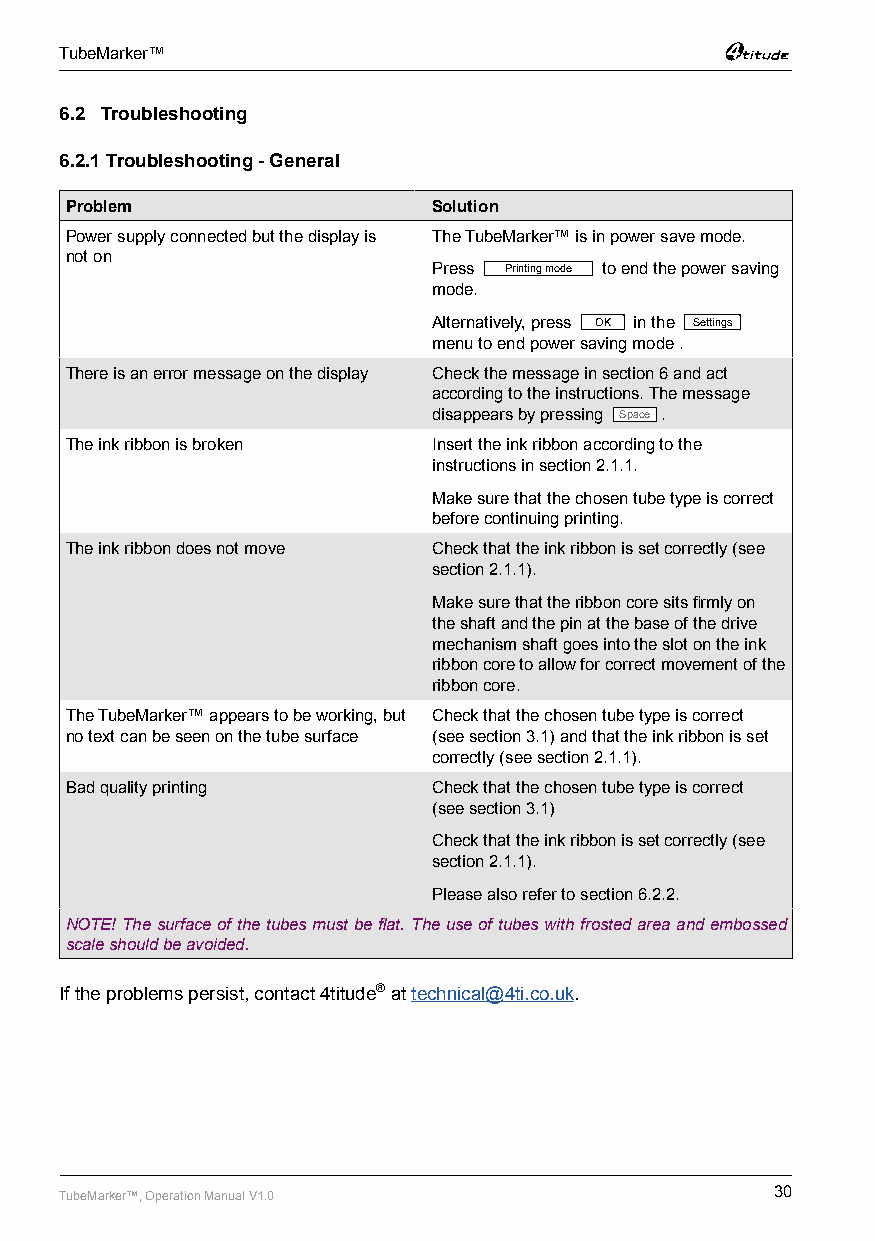
TubeMarker™
 6.2 Troubleshooting
 6.2.1 Troubleshooting - General
 Problem                  Solution
 Power supply connected but the display is The TubeMarker™ is in power save mode.
 not on
 Press Printing mode to end the power saving
 mode.
 Alternatively, press OK in the Settings
 menu to end power saving mode .
 There is an error message on the display Check the message in section 6 and act
 according to the instructions. The message
 disappears by pressing Space .
 The ink ribbon is broken Insert the ink ribbon according to the
 instructions in section 2.1.1.
 Make sure that the chosen tube type is correct
 before continuing printing.
 The ink ribbon does not move Check that the ink ribbon is set correctly (see
 section 2.1.1).
 Make sure that the ribbon core sits firmly on
 the shaft and the pin at the base of the drive
 mechanism shaft goes into the slot on the ink
 ribbon core to allow for correct movement of the
 ribbon core.
 The TubeMarker™ appears to be working, but Check that the chosen tube type is correct
 no text can be seen on the tube surface (see section 3.1) and that the ink ribbon is set
 correctly (see section 2.1.1).
 Bad quality printing     Check that the chosen tube type is correct
 (see section 3.1)
 Check that the ink ribbon is set correctly (see
 section 2.1.1).
 Please also refer to section 6.2.2.
 NOTE! The surface of the tubes must be flat. The use of tubes with frosted area and embossed
 scale should be avoided.
 If the problems persist, contact 4titude® at technical@4ti.co.uk.
 TubeMarker™, Operation Manual V1.0             30